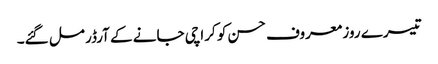
تیسرے روز معروف حسن کو کراچی جانے کے آرڈر مل گئے۔